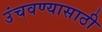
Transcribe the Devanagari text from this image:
उंचवण्यासाठी